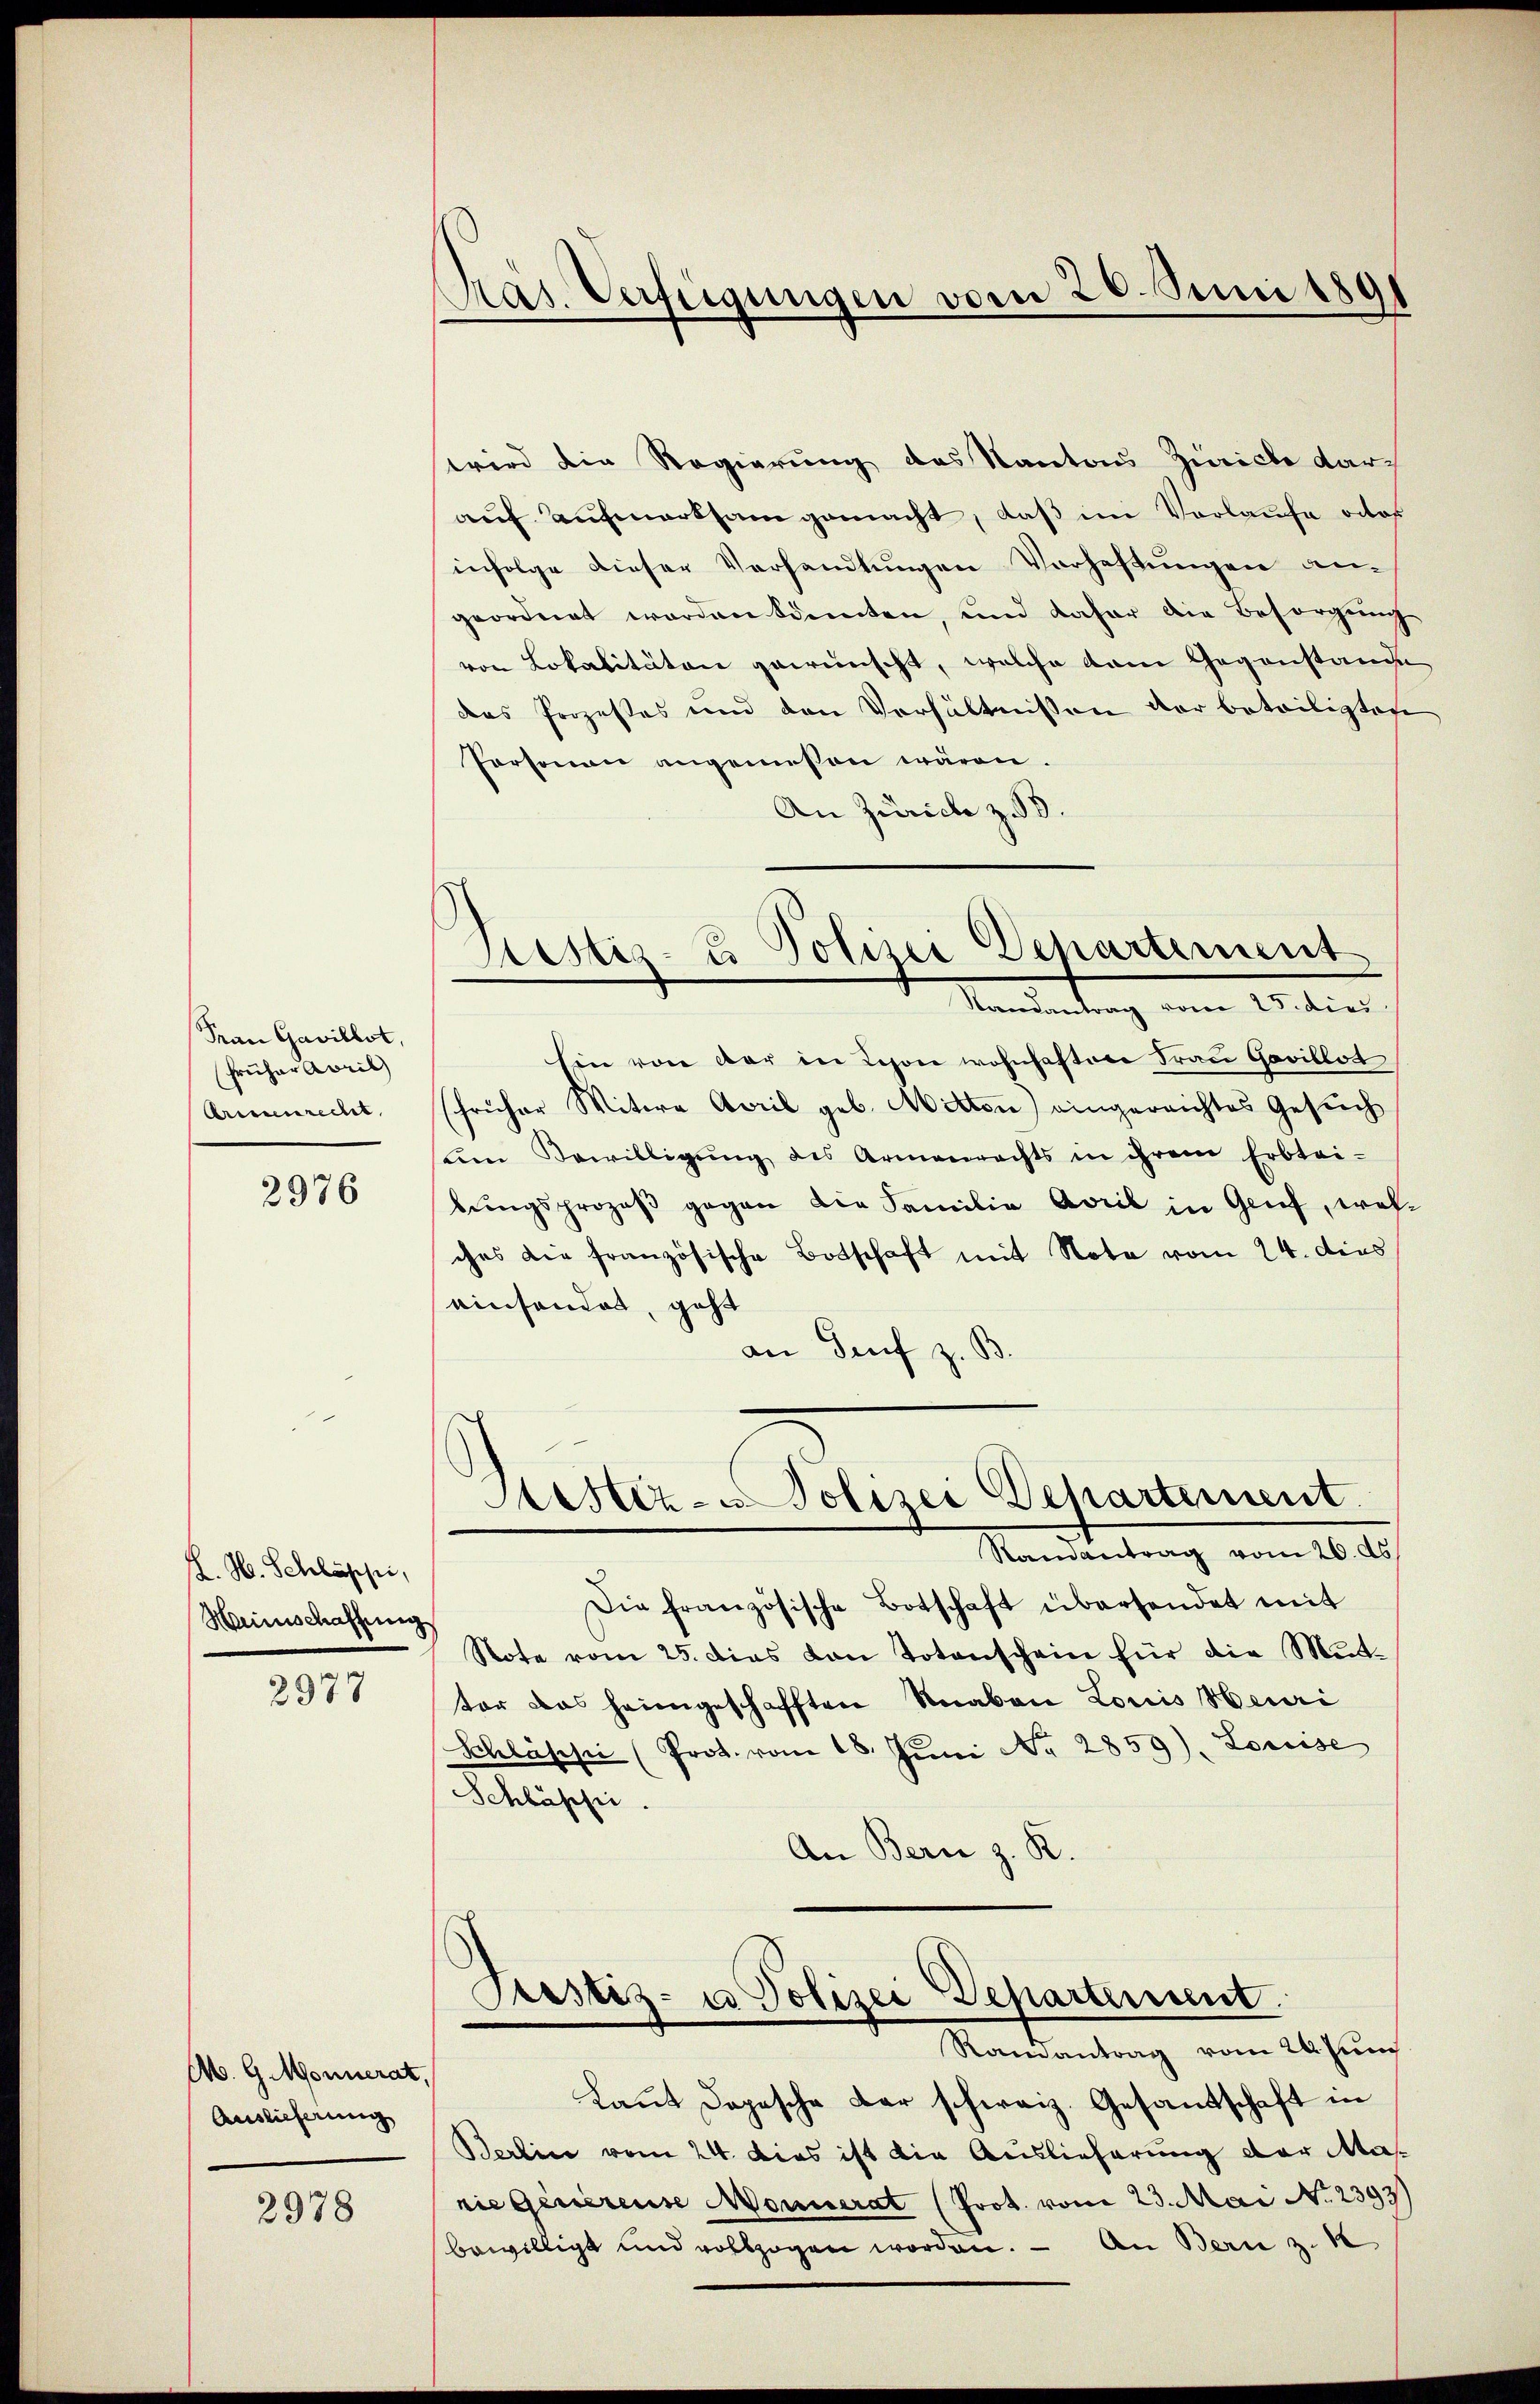
Frau Gavillot,
Früher April
Armenrecht

2976

K. H. Schlüsse,
Heinschaffung

2377

A. G. Monnerat,
Auslieferung

2978

Präs. Verfügungen vom 20. Juni 189

Restiz- u Polizei Departement
Vandantung vom 21sten

wird die Regierung des Kanton Zürich darz
auf aufmerksam gemacht, daß im Vorlaufe oder
infolge dieser Verhandlungen Vorhaftungen angeordnet worden könnten, und dafür die Besorgung
von Lokalitäten gewünscht, welche kam Gegenstande
das Prozesses und den Verhältnissen der beteiligten
Personen angemessen wären.
An Zürich z. 3.
hin von der in Schon wohnhaftene Frau Gevillot
(früher Witwe April geb. Mitten) eingereichtes Gesuch
ŭm Bewilligŭng des Armenrechts in ihrem Erbtei-
bŭngsprozeβ gegen die Familie April in Genf, welches die französische Botschaft mit Note vom 24. dies
einsendet, geht
an Genf z. B.
Hestiz- u Polizei Departement
Ramantrag vom 26. ds
Die französische Botschaft übersendet mit
Note vom 25. dies von Totenschein für die Mit-
ter das heimgeschafften Knaben Louis Heuri
Schlasse (Prot. vom 18. Jŭni No 2859). Louise
Schlässe.
An Bern z. R.
Pestiz- u Polizei Departement
Ramantrag vom 24. Jun
Laut Dopesche Dar schweiz. Gesandschaft in
Berlin vom 24. Dies ist die Auslieferung der Mas
rie Generense Wonnerat (Prot. vom 23. Mai No 2393)
bewilligt und vollzogen worden. - An Bern z.